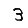
Digit: 3